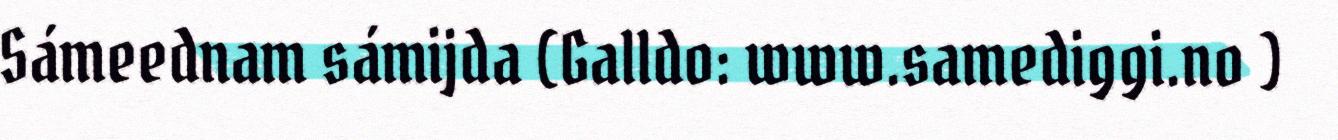
Sámeednam sámijda (Galldo: www.samediggi.no )